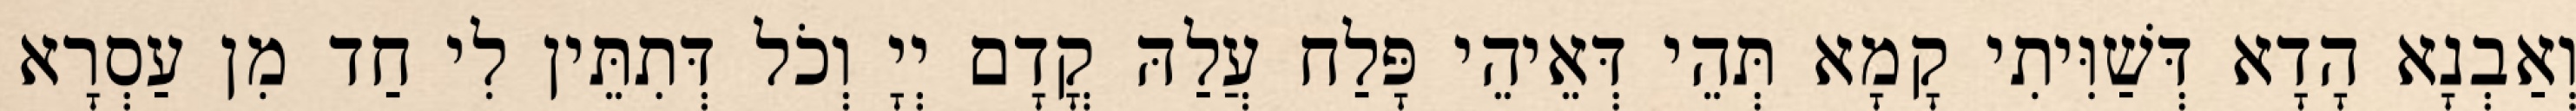
וְאַבְנָא הָדָא דְּשַׁוִּיתִי קָמָא תְּהֵי דְּאֵיהֵי פָּלַח עֲלַהּ קֳדָם יְיָ וְכֹל דְּתִתֵּין לִי חַד מִן עַסְרָא